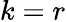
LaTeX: k=r